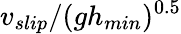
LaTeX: v_{slip}/(gh_{min})^{0.5}